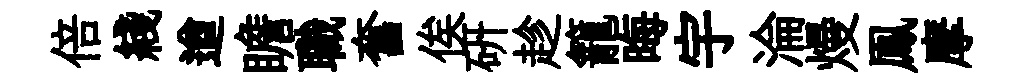
倍綫遒瞻職奮俟研趁籠晦宇淪熳鳯摩